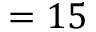
= 1 5